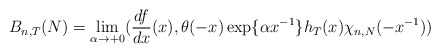
\begin{align*}B_{n,T}(N) = \lim_{\alpha \rightarrow + 0} (\frac{df}{dx} (x),\theta (- x) \exp \{ \alpha x^{- 1}\} h_{T} (x) \chi_{n,N} (- x^{- 1}))\end{align*}